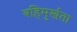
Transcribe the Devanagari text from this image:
बहिमुर्खता